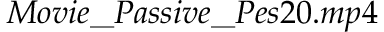
M o v i e \_ P a s s i v e \_ P e s 2 0 . m p 4